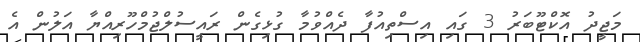
މަޖީދު އޮކްޓޫބަރު 3 ގައި އިސްތިއުފާ ދެއްވުމާ ގުޅިގެން ރައީސުލްޖުމްހޫރިއްޔާ އަލުން އެ